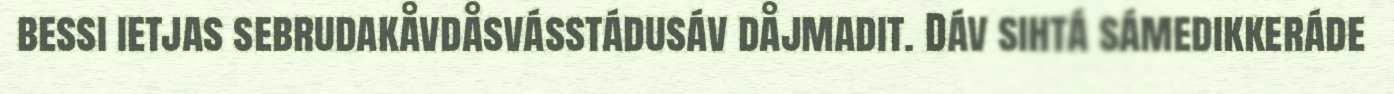
bessi ietjas sebrudakåvdåsvásstádusáv dåjmadit. Dáv sihtá sámedikkeráde